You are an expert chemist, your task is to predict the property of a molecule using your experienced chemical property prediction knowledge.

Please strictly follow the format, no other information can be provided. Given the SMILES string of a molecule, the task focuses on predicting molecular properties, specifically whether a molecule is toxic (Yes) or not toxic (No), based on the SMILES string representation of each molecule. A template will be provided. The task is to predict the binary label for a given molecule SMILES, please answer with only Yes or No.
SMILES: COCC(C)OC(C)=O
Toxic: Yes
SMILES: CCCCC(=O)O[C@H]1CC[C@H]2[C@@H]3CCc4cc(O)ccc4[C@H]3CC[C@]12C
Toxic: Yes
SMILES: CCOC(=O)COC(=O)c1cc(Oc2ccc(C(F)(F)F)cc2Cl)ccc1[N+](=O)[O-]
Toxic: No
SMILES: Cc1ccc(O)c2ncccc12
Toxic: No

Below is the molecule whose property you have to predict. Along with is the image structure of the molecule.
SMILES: O=NN(CCO)CCO
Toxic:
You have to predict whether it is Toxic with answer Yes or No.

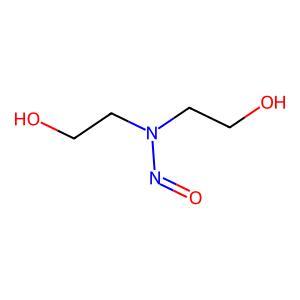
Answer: No